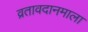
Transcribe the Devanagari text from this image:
व्रतावदानमाला